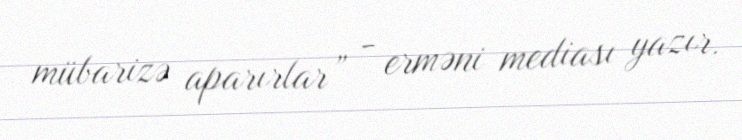
mübarizə aparırlar” - erməni mediası yazır.